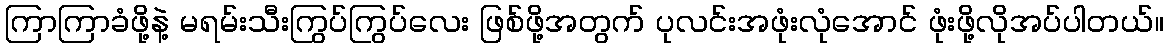
ကြာကြာခံဖို့နဲ့ မရမ်းသီးကြွပ်ကြွပ်လေး ဖြစ်ဖို့အတွက် ပုလင်းအဖုံးလုံအောင် ဖုံးဖို့လိုအပ်ပါတယ်။